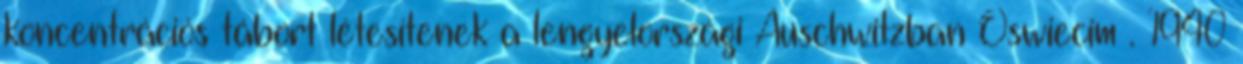
koncentrációs tábort létesítenek a lengyelországi Auschwitzban Oswiecim . 1940